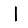
Digit: 1